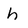
Character: h